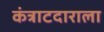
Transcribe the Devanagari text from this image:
कंत्राटदाराला